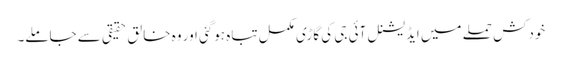
خودکش حملے میں ایڈیشنل آئی جی کی گاڑی مکمل تباہ ہوگئی اور وہ خالق حقیقی سے جاملے۔